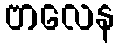
ဗာလေန